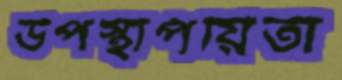
উপস্থাপয়িতা